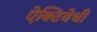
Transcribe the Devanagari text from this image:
ऐक्टिवेधी